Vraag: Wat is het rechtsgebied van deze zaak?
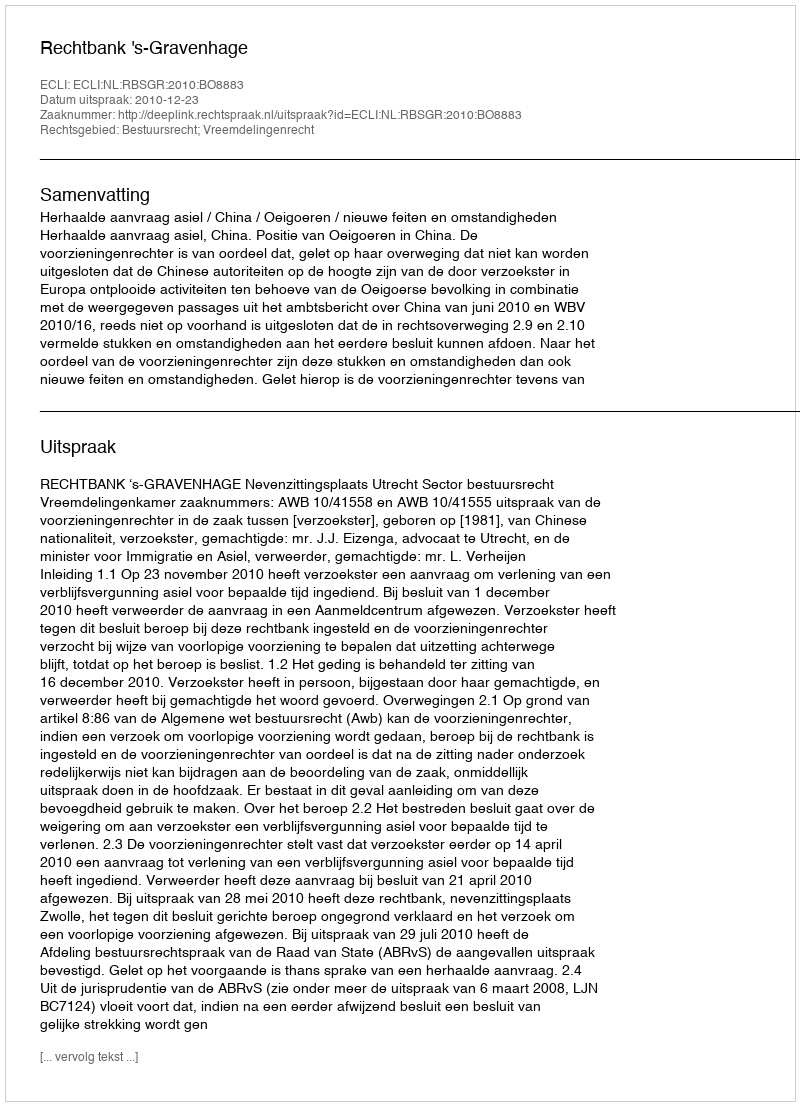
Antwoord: Bestuursrecht; Vreemdelingenrecht